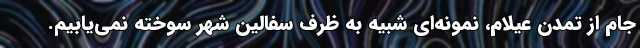
جام از تمدن عیلام، نمونه‌ای شبیه به ظرف سفالین شهر سوخته نمی‌یابیم.